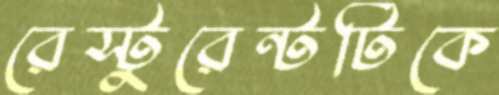
রেস্টুরেন্টটিকে